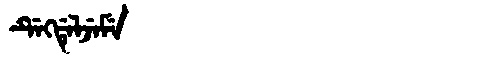
Manchu: ᡩᡝᡴᡩᡝᠯᠵᡝᠮᡝ
Romanization: DEKDELJEME